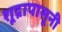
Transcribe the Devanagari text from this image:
शूद्रापासूनी